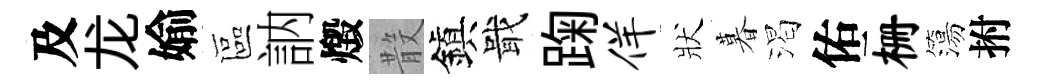
及龙媮區訥燬𣪚鎭戢踘佯狀暮渴佑栅簜拊